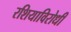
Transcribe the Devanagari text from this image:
रशियाविरोधी